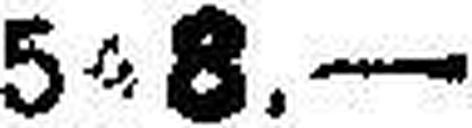
508.—